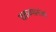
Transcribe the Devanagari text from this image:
चकव्यानंतर